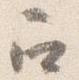
召